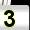
Digit: 3